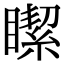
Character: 𥊯